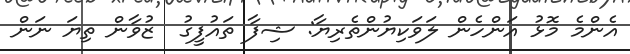
އެންމެ މޮޅު އަންހެން ލަވަކިޔުންތެރިޔާ: ޝިފާ ތައުފީގު  ޒުވާން ތިޔަ ނަން